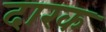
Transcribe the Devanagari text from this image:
दारक